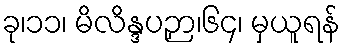
ခု၊၁၁၊ မိလိန္ဒပဉှာ၊၆၄၊ မှယူရန်